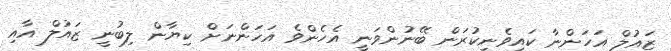
ޒައުލް އަހަންނާ ކައިވެނިކުރަން ބޭނުންވަނީ އެހެންވެ އަހަންނަށް ކިޔާން ލިބުނީ ޒައުލް އާއި